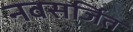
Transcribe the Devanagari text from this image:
नवसर्जित